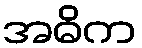
အဓိက